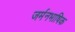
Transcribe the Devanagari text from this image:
जर्मनभाषिक